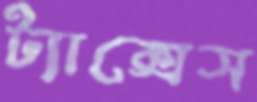
ট্যাক্সেস